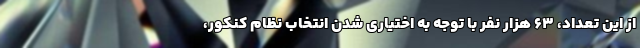
از این تعداد، ۶۳ هزار نفر با توجه به اختیاری شدن انتخاب نظام کنکور،